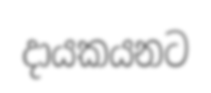
දායකයනට